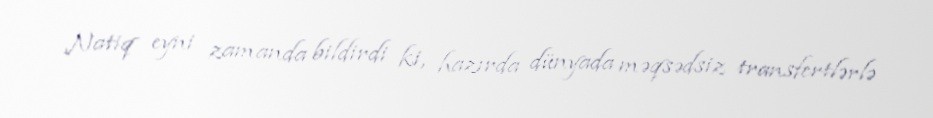
Natiq eyni zamanda bildirdi ki, hazırda dünyada məqsədsiz transfertlərlə